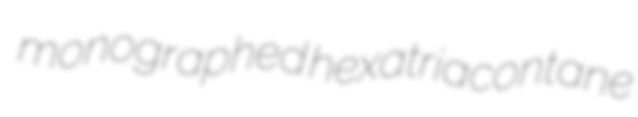
monographed hexatriacontane